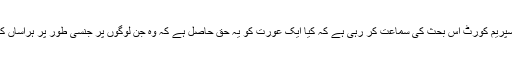
خیال رہے کہ یہ پابندی ایک ایسے وقت میں لگائی گئی ہے جب کینیڈا کی سپریم کورٹ اس بحث کی سماعت کر رہی ہے کہ کیا ایک عورت کو یہ حق حاصل ہے کہ وہ جن لوگوں پر جنسی طور پر ہراساں کرنے کا الزام لگا رہی ہے ، ان کے خلاف گواہی دیتے وقت نقاب پہن سکے۔